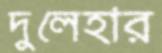
দুলেহার